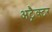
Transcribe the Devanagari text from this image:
अट्रैक्टर